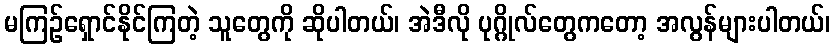
မကြဉ်ရှောင်နိုင်ကြတဲ့ သူတွေကို ဆိုပါတယ်၊ အဲဒီလို ပုဂ္ဂိုလ်တွေကတော့ အလွန်များပါတယ်၊